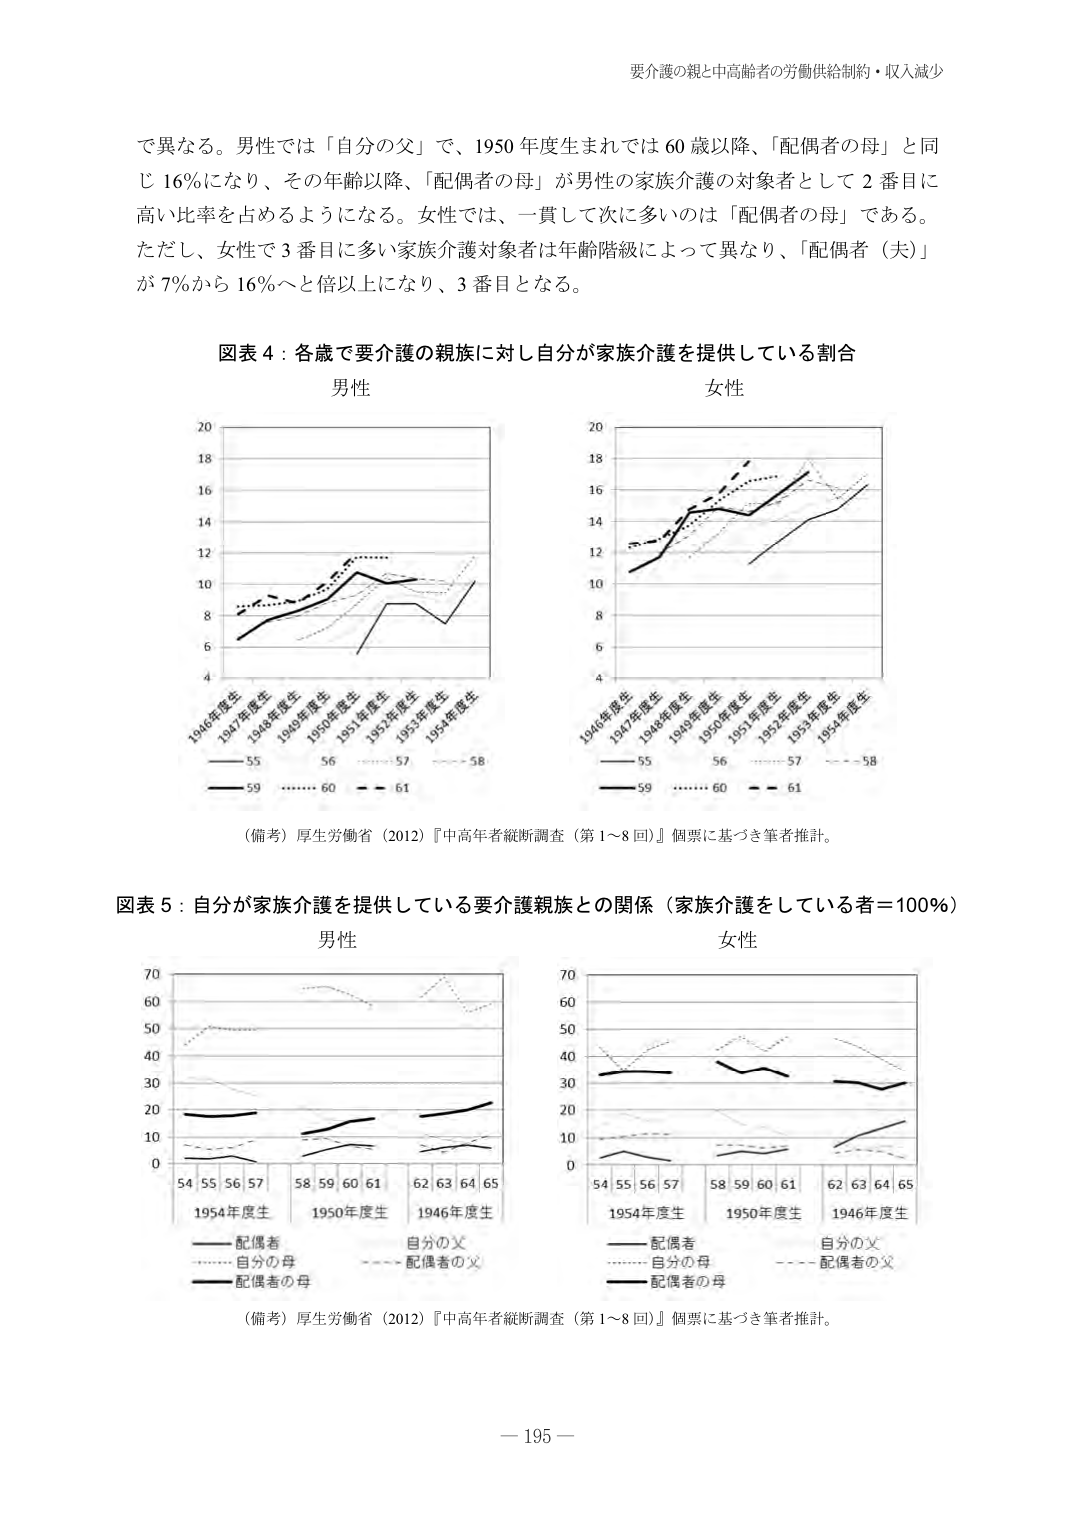
要介護の親と中高齢者の労働供給制約・収入減少

で異なる。男性では「自分の父」で、1950年度生まれでは60歳以降、「配偶者の母」と同じ16％になり、その年齢以降、「配偶者の母」が男性の家族介護の対象者として2番目に高い比率を占めるようになる。女性では、一貫して次に多いのは「配偶者の母」である。ただし、女性で3番目に多い家族介護対象者は年齢階級によって異なり、「配偶者（夫）」が7％から16％へと倍以上になり、3番目となる。

図表4：各歳で要介護の親族に対し自分が家族介護を提供している割合

男性

女性

（備考）厚生労働省（2012）『中高年者縦断調査（第1～8回）』個票に基づき筆者推計。

図表5：自分が家族介護を提供している要介護親族との関係（家族介護をしている者＝100％）

男性

女性

（備考）厚生労働省（2012）『中高年者縦断調査（第1～8回）』個票に基づき筆者推計。

－195－